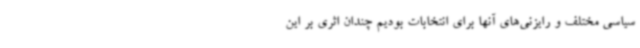
سیاسی مختلف و رایزنی‌های آنها برای انتخابات بودیم چندان اثری بر این